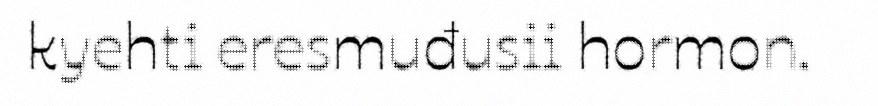
kyehti eresmuđusii hormon.